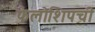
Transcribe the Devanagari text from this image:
फेलोशिपची